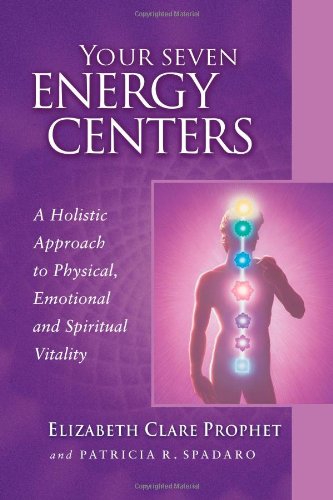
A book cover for Your Seven Energy Centers: A Holistic Approach To Physical, Emotional And Spiritual Vitality (Pocket Guides to Practical Spirituality, 6); Elizabeth Clare Prophet; Religion & Spirituality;